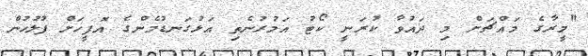
"މީރާގެ މައްޗަށް މި ދައުވާ ކުރަނީ ކޯޓު އަމުރުނެތި އަޅުގަނޑުމެންގެ އޮފީހަށް ފުލުހުން